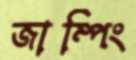
জাম্পিং